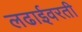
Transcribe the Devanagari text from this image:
लढाईवरती